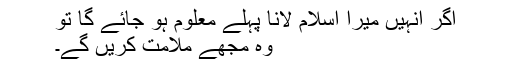
اگر انہیں میرا اسلام لانا پہلے معلوم ہو جائے گا تو
وہ مجھے ملامت کریں گے۔